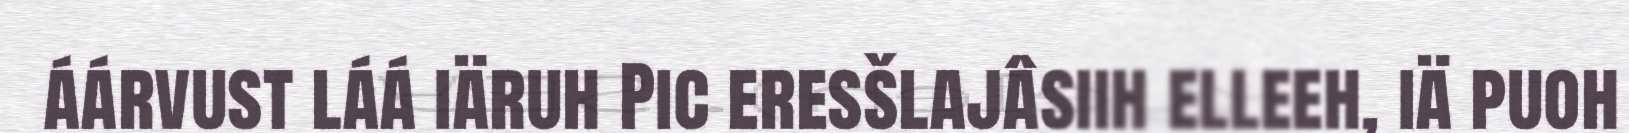
áárvust láá iäruh Pic eresšlajâsiih elleeh, iä puoh